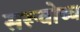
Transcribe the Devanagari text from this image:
सरूवोच्च